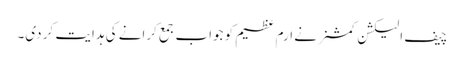
چیف الیکشن کمشنر نے ارم عظیم کو جواب جمع کرانے کی ہدایت کر دی۔